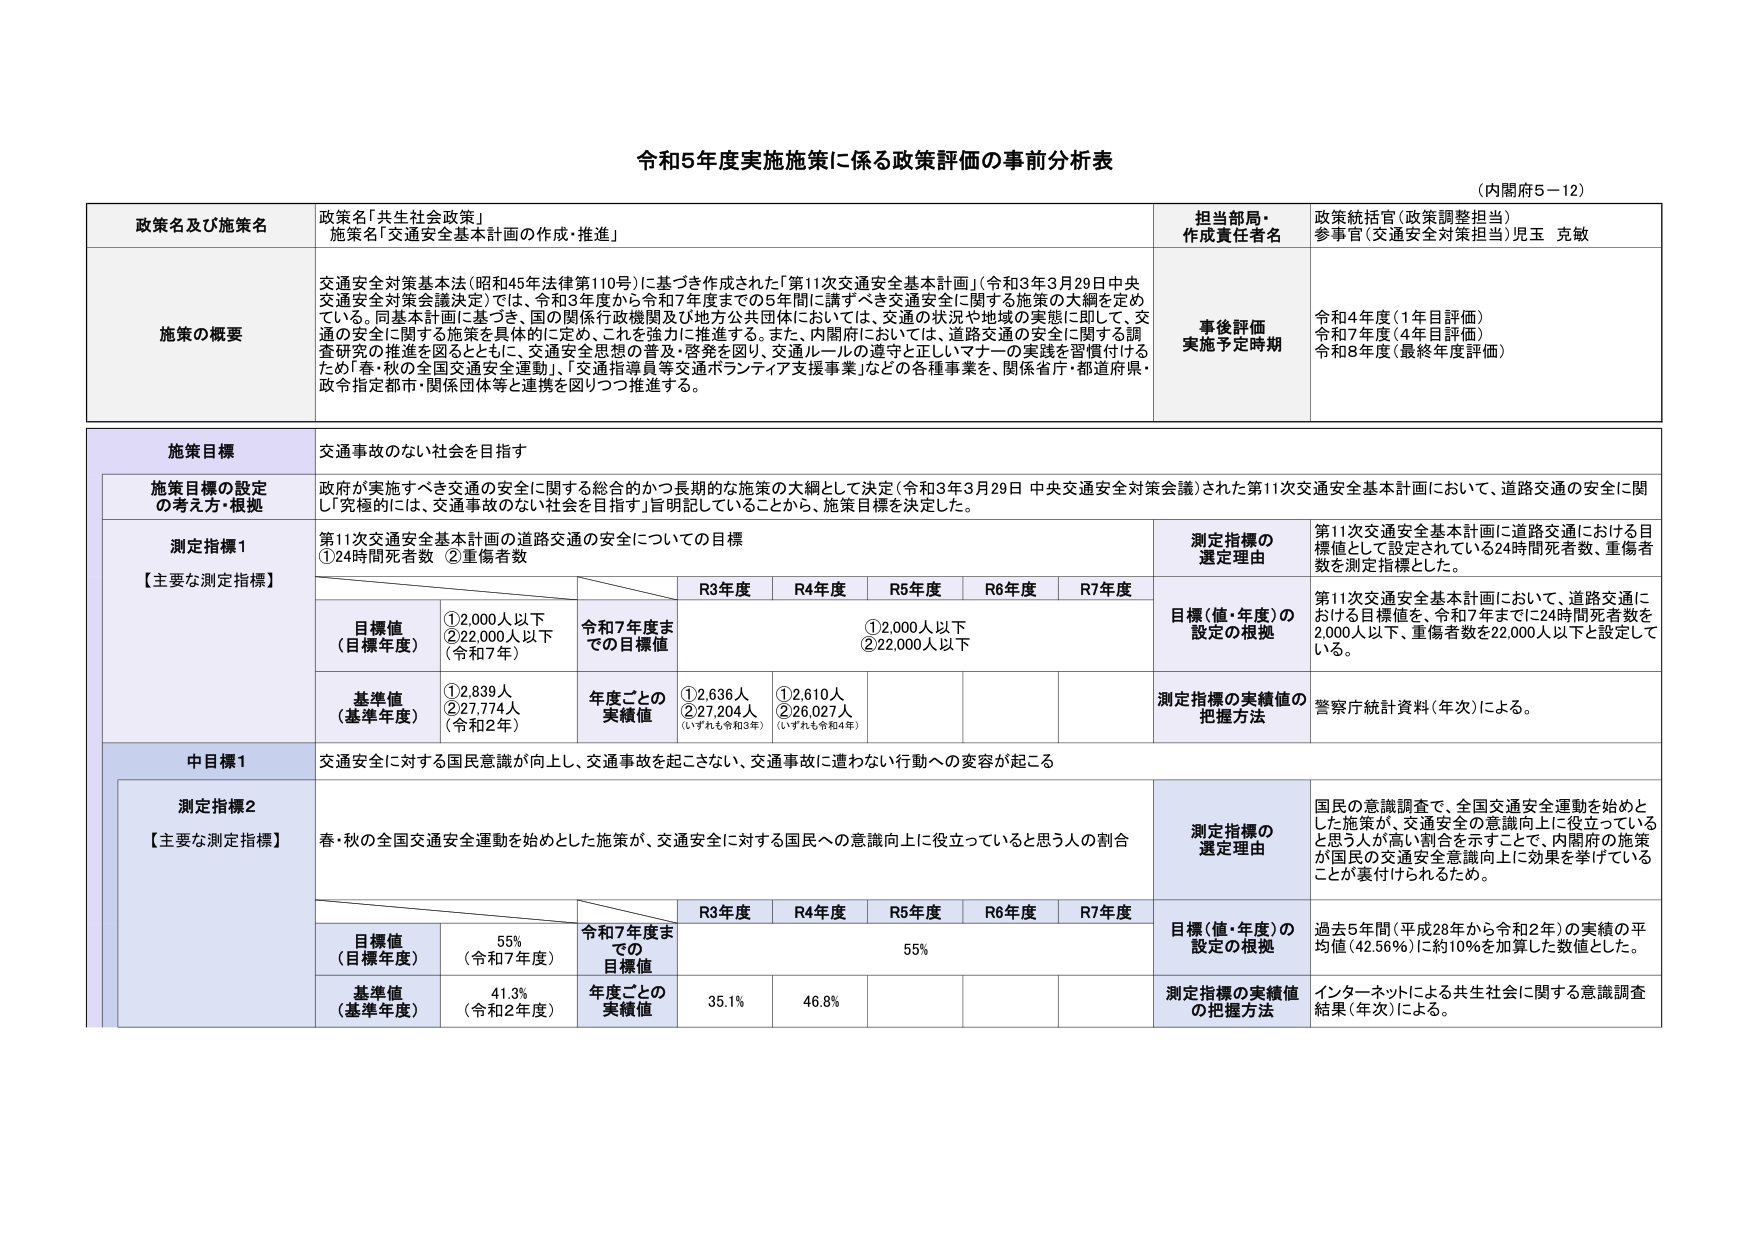
令和5年度実施施策に係る政策評価の事前分析表
（内閣府5－12）

政策名及び施策名
政策名「共生社会政策」
施策名「交通安全基本計画の作成・推進」

担当部局・作成責任者名
政策統括官（政策調整担当）
参事官（交通安全対策担当）児玉 克敏

施策の概要
交通安全対策基本法（昭和45年法律第110号）に基づき作成された「第11次交通安全基本計画」（令和3年3月29日中央交通安全対策会議決定）では、令和3年度から令和7年度までの5年間に講ずべき交通安全に関する施策の大綱を定めている。同基本計画に基づき、国の関係行政機関及び地方公共団体においては、交通の状況や地域の実態に即して、交通の安全に関する施策を具体的に定め、これを強力に推進する。また、内閣府においては、道路交通の安全に関する調査研究の推進を図るとともに、交通安全思想の普及・啓発を図り、交通ルールの遵守と正しいマナーの実践を習慣付けるため「春・秋の全国交通安全運動」、「交通指導員等交通ボランティア支援事業」などの各種事業を、関係省庁・都道府県・政令指定都市・関係団体等と連携を図りつつ推進する。

事後評価 実施予定時期
令和4年度（1年目評価）
令和7年度（4年目評価）
令和8年度（最終年度評価）

施策目標
交通事故のない社会を目指す

施策目標の設定の考え方・根拠
政府が実施すべき交通の安全に関する総合的かつ長期的な施策の大綱として決定（令和3年3月29日 中央交通安全対策会議）された第11次交通安全基本計画において、道路交通の安全に関して「実現的には、交通事故のない社会を目指す」旨明記していることから、施策目標を決定した。

測定指標1
【主要な測定指標】
第11次交通安全基本計画の道路交通の安全についての目標
①24時間死者数 ②重傷者数

測定指標の選定理由
第11次交通安全基本計画に道路交通における目標値として設定されている24時間死者数、重傷者数を測定指標とした。

目標値（目標年度）
①2,000人以下
②22,000人以下
（令和7年）

令和7年度までの目標値
R3年度 R4年度 R5年度 R6年度 R7年度
①2,000人以下
②22,000人以下

目標（値・年度）の設定の根拠
第11次交通安全基本計画において、道路交通における目標値を、令和7年度までに24時間死者数を2,000人以下、重傷者数を22,000人以下と設定している。

基準値（基準年度）
①2,839人
②27,774人
（令和2年）

年度ごとの実績値
①2,636人
②27,204人
（いずれも令和3年）
①2,610人
②26,027人
（いずれも令和4年）

測定指標の実績値の把握方法
警察庁統計資料（年次）による。

中目標1
交通安全に対する国民意識が向上し、交通事故を起こさない、交通事故に遭わない行動への変容が起こる

測定指標2
【主要な測定指標】
春・秋の全国交通安全運動を始めとした施策が、交通安全に対する国民への意識向上に役立っていると思う人の割合

測定指標の選定理由
国民の意識調査で、全国交通安全運動を始めとした施策が、交通安全の意識向上に役立っていると思う人が高い割合を示すことで、内閣府の施策が国民の交通安全意識向上に効果を挙げていることが裏付けられるため。

目標値（目標年度）
55%
（令和7年度）

令和7年度までの目標値
R3年度 R4年度 R5年度 R6年度 R7年度
55%

目標（値・年度）の設定の根拠
過去5年間（平成28年から令和2年）の実績の平均値（42.56%）に約10%を加算した数値とした。

基準値（基準年度）
41.3%
（令和2年度）

年度ごとの実績値
35.1%
46.8%

測定指標の実績値の把握方法
インターネットによる共生社会に関する意識調査結果（年次）による。